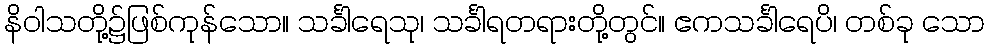
နိဝါသတို့၌ဖြစ်ကုန်သော။ သင်္ခါရေသု၊ သင်္ခါရတရားတို့တွင်။ ဧကသင်္ခါရေပိ၊ တစ်ခု သော